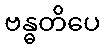
ဗန္ဓတိပေ